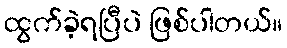
ထွက်ခဲ့ရပြီပဲ ဖြစ်ပါတယ်။